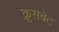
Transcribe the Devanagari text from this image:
क्रूसवेट